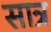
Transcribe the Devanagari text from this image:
सात्र